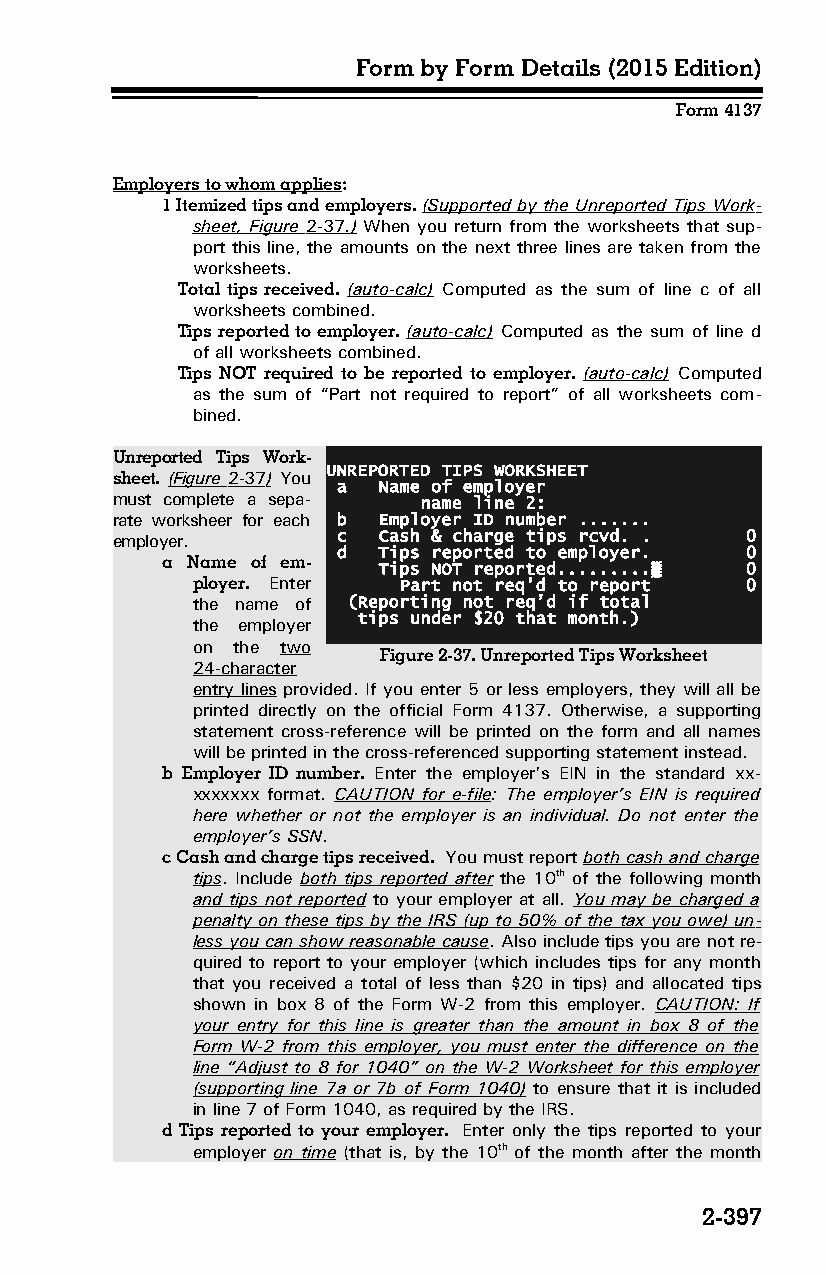
Form by Form Details (2015 Edition)
 Form 4137
 Employers to whom applies:
 1 Itemized tips and employers. (Supported by the Unreported Tips Work­
 sheet, Figure 2-37 .) When you return from the worksheets that sup­
 port this line, the amounts on the next three lines are taken from the
 worksheets.
 Total tips received. (auto-calc) Computed as the sum of line c of all
 worksheets combined.
 Tips reported to employer. (auto-calc) Computed as the sum of line d
 of all worksheets combined.
 Tips NOT required to be reported to employer. (auto-calc) Computed
 as the sum of “Part not required to report” of all worksheets com­
 bined.
 Unreported Tips Work­
 UNREPORTED TIPS WORKSHEET
 sheet. (Figure 2-37 ) You
 a  Name of employer
 must complete a sepa­ name line 2:
 rate worksheer for each b Employer ID number .......
 employer.      c  Cash & charge tips rcvd. . 0
 d  Tips reported to employer. 0
 a Name of em­
 Tips NOT reported.........▒ 0
 ployer. Enter Part not req’d to report 0
 the name of (Reporting not req’d if total
 tips under $20 that month.)
 the employer
 on the two
 Figure 2-37. Unreported Tips Worksheet
 24-character
 entry lines provided. If you enter 5 or less employers, they will all be
 printed directly on the official Form 4137. Otherwise, a supporting
 statement cross-reference will be printed on the form and all names
 will be printed in the cross-referenced supporting statement instead.
 b Employer ID number. Enter the employer’s EIN in the standard xx-
 xxxxxxx format. CAUTION for e-file: The employer’s EIN is required
 here whether or not the employer is an individual. Do not enter the
 employer’s SSN.
 c Cash and charge tips received. You must report both cash and charge
 tips. Include both tips reported after the 10th of the following month
 and tips not reported to your employer at all. You may be charged a
 penalty on these tips by the IRS (up to 50% of the tax you owe) un­
 less you can show reasonable cause. Also include tips you are not re­
 quired to report to your employer (which includes tips for any month
 that you received a total of less than $20 in tips) and allocated tips
 shown in box 8 of the Form W-2 from this employer. CAUTION: If
 your entry for this line is greater than the amount in box 8 of the
 Form W-2 from this employer, you must enter the difference on the
 line “Adjust to 8 for 1040” on the W-2 Worksheet for this employer
 (supporting line 7a or 7b of Form 1040) to ensure that it is included
 in line 7 of Form 1040, as required by the IRS.
 d Tips reported to your employer. Enter only the tips reported to your
 employer on time (that is, by the 10th of the month after the month
 2-397